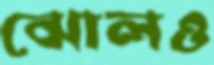
ঝোলও